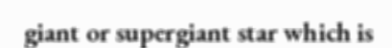
giant or supergiant star which is